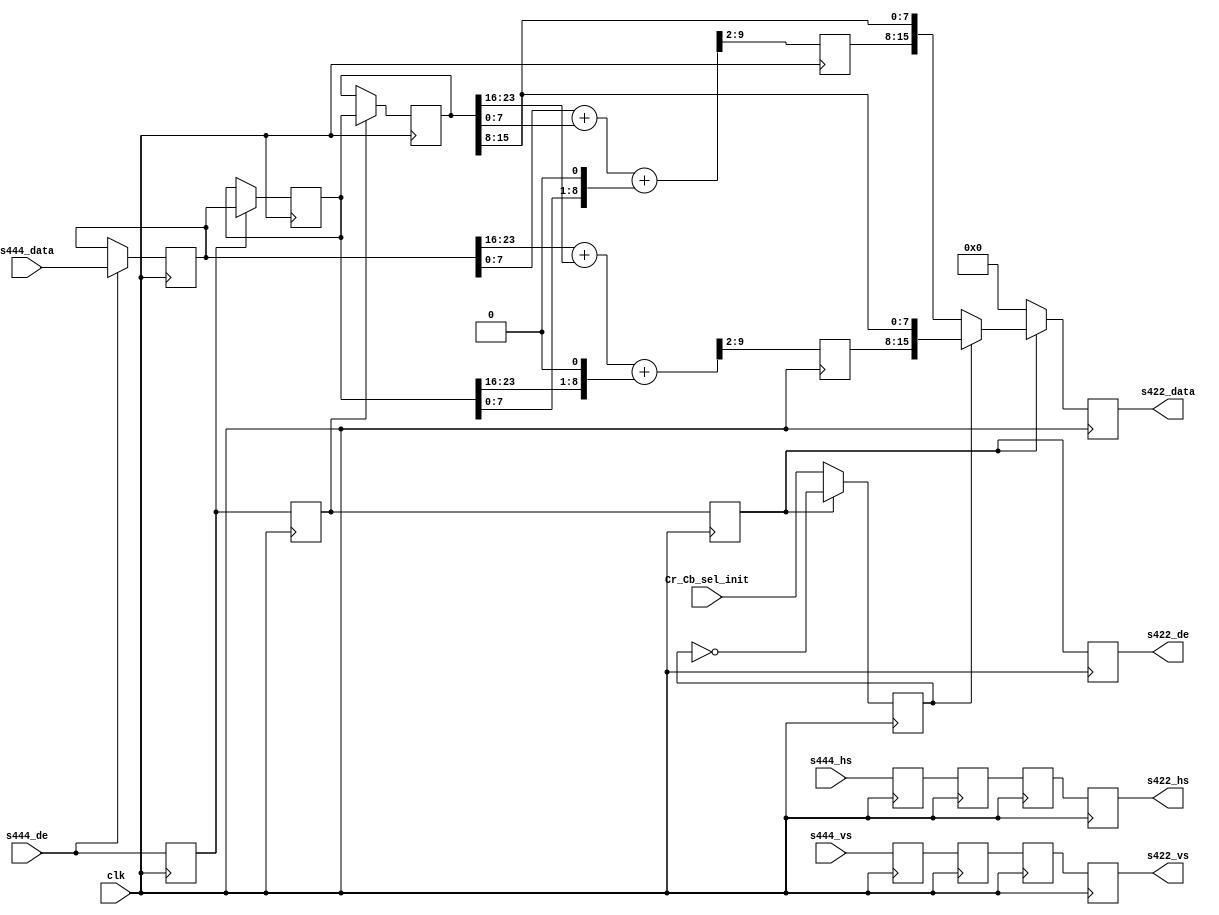
module cf_ss_444to422 (

  // 444 inputs

  clk,
  s444_vs,
  s444_hs,
  s444_de,
  s444_data,

  // 422 outputs

  s422_vs,
  s422_hs,
  s422_de,
  s422_data,

  // change to switch Cr/Cb sel (0-> Cb first, 1-> Cr first)

  Cr_Cb_sel_init);

  input           clk;
  input           s444_vs;
  input           s444_hs;
  input           s444_de;
  input   [23:0]  s444_data;

  output          s422_vs;
  output          s422_hs;
  output          s422_de;
  output  [15:0]  s422_data;

  input           Cr_Cb_sel_init;

  reg             s444_vs_d = 'd0;
  reg             s444_hs_d = 'd0;
  reg             s444_de_d = 'd0;
  reg     [23:0]  s444_data_d = 'd0;
  reg             s444_vs_2d = 'd0;
  reg             s444_hs_2d = 'd0;
  reg             s444_de_2d = 'd0;
  reg     [23:0]  s444_data_2d = 'd0;
  reg             s444_vs_3d = 'd0;
  reg             s444_hs_3d = 'd0;
  reg             s444_de_3d = 'd0;
  reg     [23:0]  s444_data_3d = 'd0;
  reg     [ 7:0]  Cr = 'd0;
  reg     [ 7:0]  Cb = 'd0;
  reg             Cr_Cb_sel = 'd0;
  reg             s422_vs = 'd0;
  reg             s422_hs = 'd0;
  reg             s422_de = 'd0;
  reg     [15:0]  s422_data = 'd0;

  wire    [23:0]  s444_data_s;
  wire    [23:0]  s444_data_d_s;
  wire    [23:0]  s444_data_2d_s;
  wire    [ 9:0]  Cr_s;
  wire    [ 9:0]  Cb_s;

  // Fill the data pipe lines, hold the last data on edges 

  assign s444_data_s = (s444_de == 1'b1) ? s444_data : s444_data_d;
  assign s444_data_d_s = (s444_de_d == 1'b1) ? s444_data_d : s444_data_2d;
  assign s444_data_2d_s = (s444_de_2d == 1'b1) ? s444_data_2d : s444_data_3d;

  always @(posedge clk) begin
    s444_vs_d <= s444_vs;
    s444_hs_d <= s444_hs;
    s444_de_d <= s444_de;
    s444_data_d <= s444_data_s;
    s444_vs_2d <= s444_vs_d;
    s444_hs_2d <= s444_hs_d;
    s444_de_2d <= s444_de_d;
    s444_data_2d <= s444_data_d_s;
    s444_vs_3d <= s444_vs_2d;
    s444_hs_3d <= s444_hs_2d;
    s444_de_3d <= s444_de_2d;
    s444_data_3d <= s444_data_2d_s;
  end

  // Get the average 0.4*S(n-1) + 0.2*S(n) + 0.2*S(n+1)

  assign Cr_s = {2'd0, s444_data_d[23:16]} + {2'd0, s444_data_3d[23:16]} +
    {1'd0, s444_data_2d[23:16], 1'd0};

  assign Cb_s = {2'd0, s444_data_d[7:0]} + {2'd0, s444_data_3d[7:0]} +
    {1'd0, s444_data_2d[7:0], 1'd0};

  always @(posedge clk) begin
    Cr <= Cr_s[9:2];
    Cb <= Cb_s[9:2];
    if (s444_de_3d == 1'b1) begin
      Cr_Cb_sel <= ~Cr_Cb_sel;
    end else begin
      Cr_Cb_sel <= Cr_Cb_sel_init;
    end
  end

  // 422 outputs

  always @(posedge clk) begin
    s422_vs <= s444_vs_3d;
    s422_hs <= s444_hs_3d;
    s422_de <= s444_de_3d;
    if (s444_de_3d == 1'b0) begin
      s422_data <= 'd0;
    end else if (Cr_Cb_sel == 1'b1) begin
      s422_data <= {Cr, s444_data_3d[15:8]};
    end else begin
      s422_data <= {Cb, s444_data_3d[15:8]};
    end
  end

endmodule